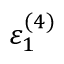
\varepsilon _ { 1 } ^ { ( 4 ) }